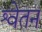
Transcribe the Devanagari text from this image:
श्वेतन